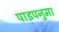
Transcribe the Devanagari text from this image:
पाइपनुमा